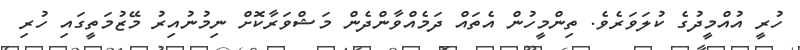
ހުރީ އުއްމީދުގެ ކުލަވަރެވެ. ތިންމީހުން އެތައް ދަމެއްވާންދެން މަޝްވަރާކޮށް ނިމުނުއިރު މޭޒުމަތީގައި ހުރި